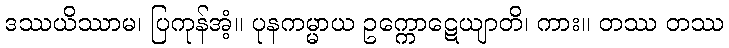
ဒဿယိဿာမ၊ ပြကုန်အံ့။ ပုနကမ္မာယ ဥက္ကောဋေယျာတိ၊ ကား။ တဿ တဿ